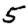
Digit: 5